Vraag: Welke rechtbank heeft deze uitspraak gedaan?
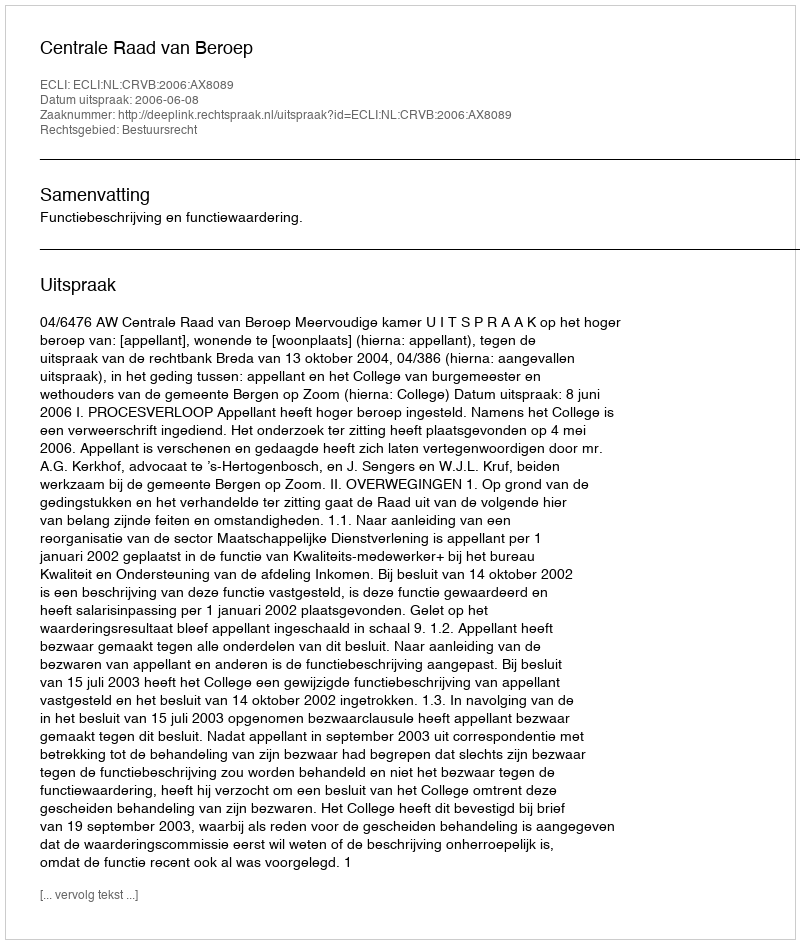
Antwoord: Centrale Raad van Beroep